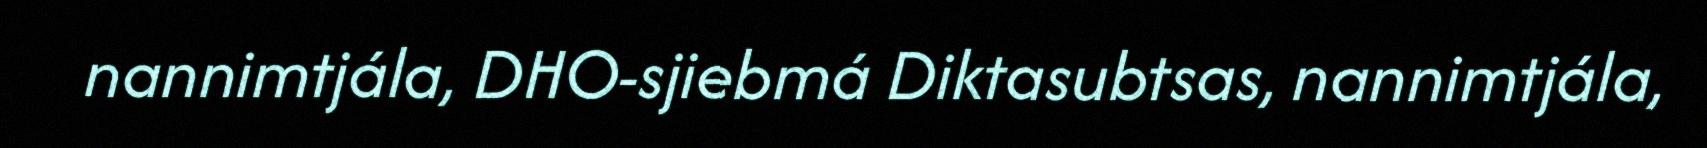
nannimtjála, DHO-sjiebmá Diktasubtsas, nannimtjála,